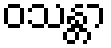
ဝသန္တာ